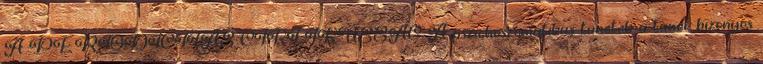
A PERIODICITÁS CIKLIKUSSÁG A pszichoszomatikus tünetek a tanév bizonyos